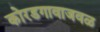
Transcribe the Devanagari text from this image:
कोरडगावाजवळ